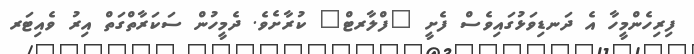
ފިރިހެންމީހާ އެ ދަނޑިވަޅުގައިވެސް ފެށީ "ފްލާރޓް" ކުރާށެވެ. ދެމީހުން ސަކަރާތްގަތް އިރު ވެއިޓަރ